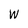
Character: W